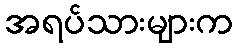
အရပ်သားများက